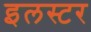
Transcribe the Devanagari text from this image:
इलस्टर